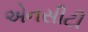
એનસીટી